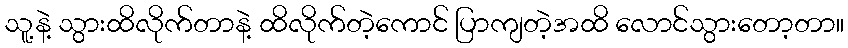
သူ့နဲ့ သွားထိလိုက်တာနဲ့ ထိလိုက်တဲ့ကောင် ပြာကျတဲ့အထိ လောင်သွားတော့တာ။